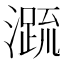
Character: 𭲭